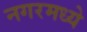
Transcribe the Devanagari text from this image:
नगरमध्ये